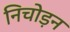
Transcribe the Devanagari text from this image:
निचोड़न